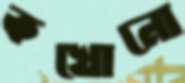
কখোনো